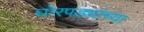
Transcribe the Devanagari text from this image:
घोरपड्यांच्या